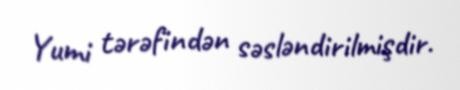
Yumi tərəfindən səsləndirilmişdir.